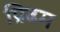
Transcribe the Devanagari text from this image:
प्रिढम